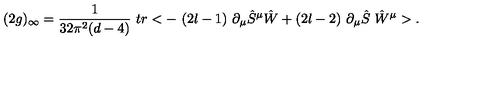
( 2 g ) _ { \infty } = \frac { 1 } { 3 2 \pi ^ { 2 } ( d - 4 ) } \ t r < - \ ( 2 l - 1 ) \ \partial _ { \mu } \hat { S } ^ { \mu } \hat { W } + ( 2 l - 2 ) \ \partial _ { \mu } \hat { S } \ \hat { W } ^ { \mu } > .